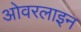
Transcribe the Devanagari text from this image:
ओवरलाइन